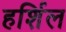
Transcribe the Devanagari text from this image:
हर्शिल